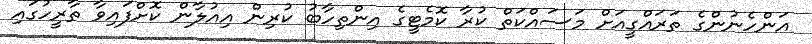
އަންހެނުންގެ ތަރައްގީއަށް މަސައްކަތް ކުރާ ކޮމެޓީގެ އިންތިހާބު ކުރިން އިއުލާން ކޮށްފައިވާ ތާރީހުގައި